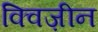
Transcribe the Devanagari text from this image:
क्विज़ीन